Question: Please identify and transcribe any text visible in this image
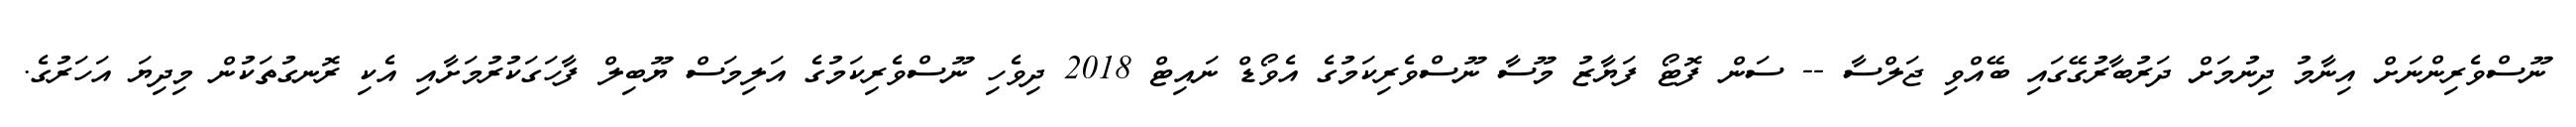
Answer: ނޫސްވެރިންނަށް އިނާމު ދިނުމަށް ދަރުބާރުގޭގައި ބޭއްވި ޖަލްސާ -- ސަން ފޮޓޯ ފަޔާޒު މޫސާ ނޫސްވެރިކަމުގެ އެވޯޑް ނައިޓް 2018 ދިވެހި ނޫސްވެރިކަމުގެ އަލިމަސް ޔޫބިލް ފާހަގަކުރުމަށާއި އެކި ރޮނގުތަކުން މިދިޔަ އަހަރުގެ.